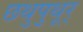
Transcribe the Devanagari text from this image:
छथुपुथूर्